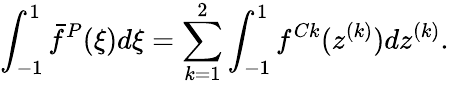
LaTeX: \int_{-1}^{1}\bar{f}^{P}(\xi)d\xi=\sum_{k=1}^{2}\int_{-1}^{1}f^{Ck}(z^{(k)})dz^{(k)}.